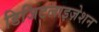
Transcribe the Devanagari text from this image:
डिजिटलाइज़ेशन